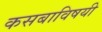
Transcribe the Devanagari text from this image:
कसबाविषयी